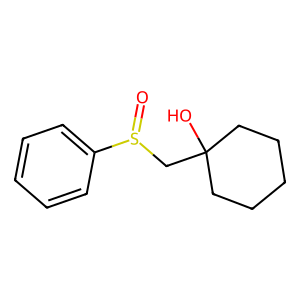
SMILES: O=S(CC1(O)CCCCC1)c1ccccc1
Inhibits HIV replication: No